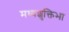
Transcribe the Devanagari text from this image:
मध्यशुक्तिभा